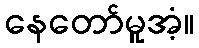
နေတော်မူအံ့။